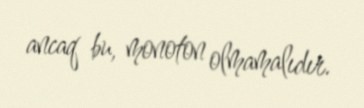
ancaq bu, monoton olmamalıdır.